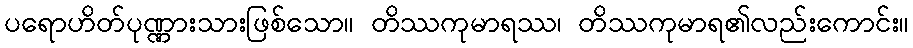
ပရောဟိတ်ပုဏ္ဏားသားဖြစ်သော။ တိဿကုမာရဿ၊ တိဿကုမာရ၏လည်းကောင်း။